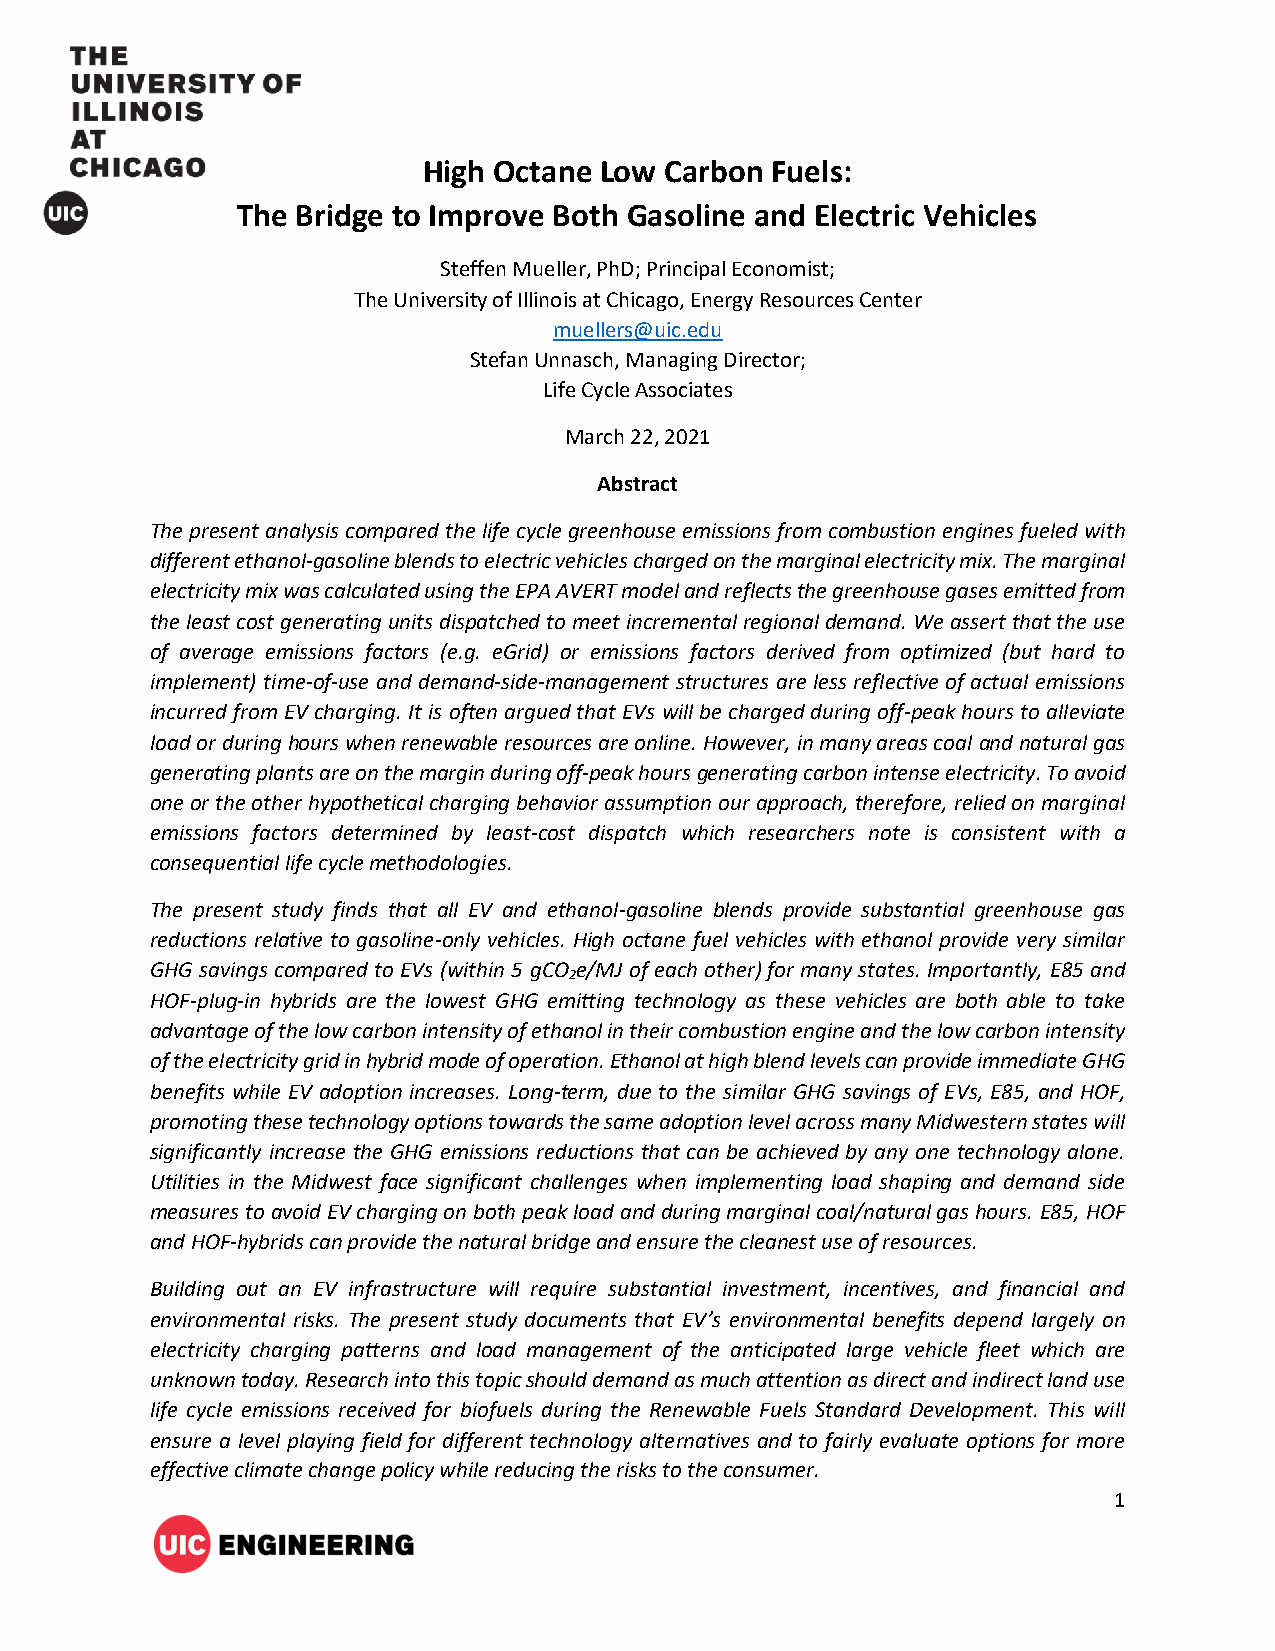
High Octane Low Carbon Fuels:
 The Bridge to Improve Both Gasoline and Electric Vehicles
 Steffen Mueller, PhD; Principal Economist;
 The University of Illinois at Chicago, Energy Resources Center
 muellers@uic.edu
 Stefan Unnasch, Managing Director;
 Life Cycle Associates
 March 22, 2021
 Abstract
 The present analysis compared the life cycle greenhouse emissions from combustion engines fueled with
 different ethanol-gasoline blends to electric vehicles charged on the marginal electricity mix. The marginal
 electricity mix was calculated using the EPA AVERT model and reflects the greenhouse gases emitted from
 the least cost generating units dispatched to meet incremental regional demand. We assert that the use
 of average emissions factors (e.g. eGrid) or emissions factors derived from optimized (but hard to
 implement) time-of-use and demand-side-management structures are less reflective of actual emissions
 incurred from EV charging. It is often argued that EVs will be charged during off-peak hours to alleviate
 load or during hours when renewable resources are online. However, in many areas coal and natural gas
 generating plants are on the margin during off-peak hours generating carbon intense electricity. To avoid
 one or the other hypothetical charging behavior assumption our approach, therefore, relied on marginal
 emissions factors determined by least-cost dispatch which researchers note is consistent with a
 consequential life cycle methodologies.
 The present study finds that all EV and ethanol-gasoline blends provide substantial greenhouse gas
 reductions relative to gasoline-only vehicles. High octane fuel vehicles with ethanol provide very similar
 GHG savings compared to EVs (within 5 gCO e/MJ of each other) for many states. Importantly, E85 and
 2
 HOF-plug-in hybrids are the lowest GHG emitting technology as these vehicles are both able to take
 advantage of the low carbon intensity of ethanol in their combustion engine and the low carbon intensity
 of the electricity grid in hybrid mode of operation. Ethanol at high blend levels can provide immediate GHG
 benefits while EV adoption increases. Long-term, due to the similar GHG savings of EVs, E85, and HOF,
 promoting these technology options towards the same adoption level across many Midwestern states will
 significantly increase the GHG emissions reductions that can be achieved by any one technology alone.
 Utilities in the Midwest face significant challenges when implementing load shaping and demand side
 measures to avoid EV charging on both peak load and during marginal coal/natural gas hours. E85, HOF
 and HOF-hybrids can provide the natural bridge and ensure the cleanest use of resources.
 Building out an EV infrastructure will require substantial investment, incentives, and financial and
 environmental risks. The present study documents that EV’s environmental benefits depend largely on
 electricity charging patterns and load management of the anticipated large vehicle fleet which are
 unknown today. Research into this topic should demand as much attention as direct and indirect land use
 life cycle emissions received for biofuels during the Renewable Fuels Standard Development. This will
 ensure a level playing field for different technology alternatives and to fairly evaluate options for more
 effective climate change policy while reducing the risks to the consumer.
 1